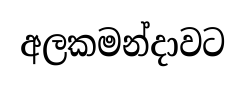
අලකමන්දාවට